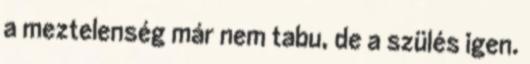
a meztelenség már nem tabu, de a szülés igen.